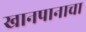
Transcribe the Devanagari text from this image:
खानपानाचा